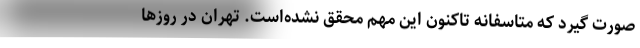
صورت گیرد که متاسفانه تاکنون این مهم محقق نشده‌است. تهران در روزها